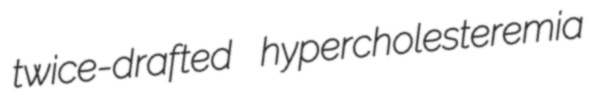
twice-drafted hypercholesteremia